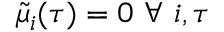
\tilde { \mu } _ { i } ( \tau ) = 0 \mathrm { ~ } \forall \mathrm { ~ } i , \tau